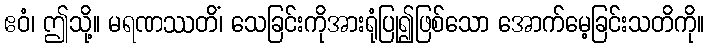
ဧဝံ၊ ဤသို့။ မရဏဿတိံ၊ သေခြင်းကိုအားရုံပြု၍ဖြစ်သော အောက်မေ့ခြင်းသတိကို။